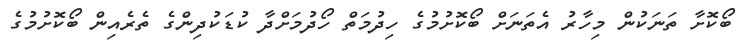
ބޯކޮށާ ތަނަކުން މިހާރު އެތަނަށް ބޯކޮށުމުގެ ހިދުމަތް ހޯދުމަށްދާ ކުޑަކުދިންގެ ތެރެއިން ބޯކޮށުމުގެ